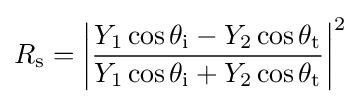
R_{\text{s}}=\left|{\frac {Y_{1}\cos \theta _{\text{i}}-Y_{2}\cos \theta _{\text{t}}}{Y_{1}\cos \theta _{\text{i}}+Y_{2}\cos \theta _{\text{t}}}}\right|^{2}